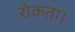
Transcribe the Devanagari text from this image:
रोकता।